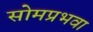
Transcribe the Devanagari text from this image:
सोमप्रभवा